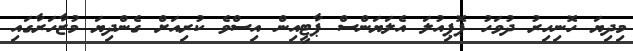
މިދިޔަ ހޮނިިހިރު ދުވަހު ޕޮޕިއުލަ އެލަޔަންސް ޕާޓީއިން އިސްވެ ކުރިއަށް ގެންދިޔަ މުޒާހަރާގައި